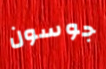
جوسون